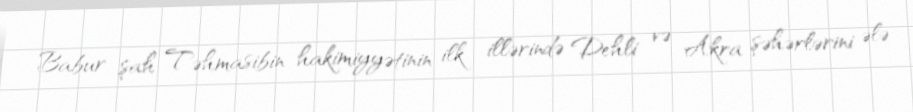
Babur şah Təhmasibin hakimiyyətinin ilk illərində Dehli və Akra şəhərlərini ələ